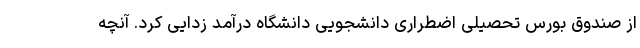
از صندوق بورس تحصیلی اضطراری دانشجویی دانشگاه درآمد زدایی کرد. آنچه